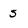
Character: 5